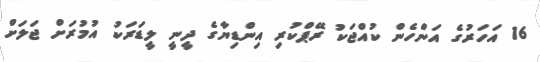
16 އަހަރުގެ އަންހެން ކުއްޖަކު ރޭޕްކުރި އިންޑިޔާގެ ދީނީ ލީޑަރަކު އުމުރަށް ޖަލަށް